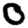
Digit: 0